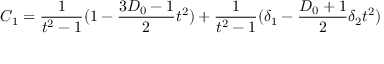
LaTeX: C _ { 1 } = \frac { 1 } { t ^ { 2 } - 1 } ( 1 - \frac { 3 D _ { 0 } - 1 } { 2 } t ^ { 2 } ) + \frac { 1 } { t ^ { 2 } - 1 } ( \delta _ { 1 } - \frac { D _ { 0 } + 1 } { 2 } \delta _ { 2 } t ^ { 2 } )